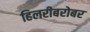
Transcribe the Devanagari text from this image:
हिलरीबरोबर